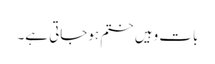
بات وہیں ختم ہوجاتی ہے۔